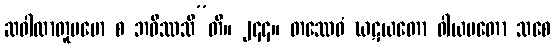
ဆဝါလာတူပမော စ ဘဝိဿသီ”တိ။ ၂၄၄။ တဿေဝံ ဃဋယတော ဝါယမတော သစေ